Vital statistics of India. Vol. VI, European troops 1870-79
Year: 1870
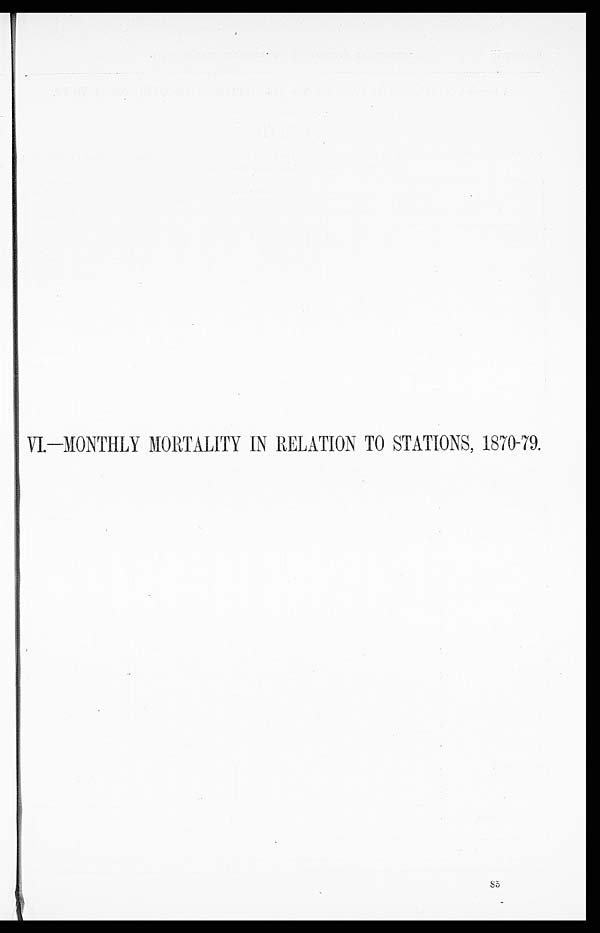
VI.—MONTHLY MORTALITY IN RELATION TO STATIONS, 1870-79.
8 5